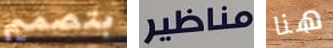
بتصميم مناظير هنا